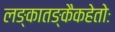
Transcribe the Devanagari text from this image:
लङ्कातङ्कैकहेतोः